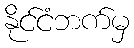
နိုင်ငံဘက်မှ